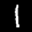
Label: 1